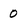
Character: 0